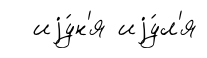
иjу́н'я иjу́л'я